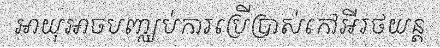
អាយុអាចបញ្ឈប់ការប្រើប្រាស់កៅអីរថយន្ត